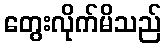
တွေးလိုက်မိသည်